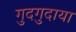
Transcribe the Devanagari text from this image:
गुदगुदाया